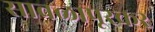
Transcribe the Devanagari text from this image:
सावळापूरकर